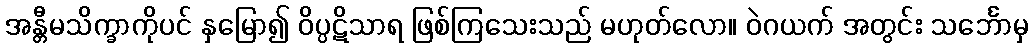
အန္တီမသိက္ခာကိုပင် နှမြော၍ ဝိပ္ပဋိသာရ ဖြစ်ကြသေးသည် မဟုတ်လော။ ဝဲဂယက် အတွင်း သင်္ဘောမှ